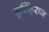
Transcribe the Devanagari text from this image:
नृसिंहराज